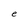
Character: e